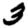
Digit: 3